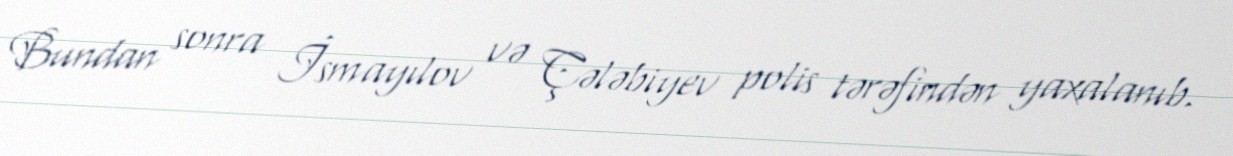
Bundan sonra İsmayılov və Çələbiyev polis tərəfindən yaxalanıb.